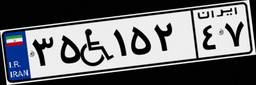
۹۹W۶۹۲۵۴